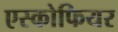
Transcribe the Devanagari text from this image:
एस्कोफियर